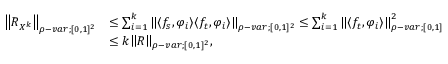
\begin{array} { r l } { { \left\lVert { R _ { X ^ { k } } } \right\rVert } _ { \rho - v a r ; [ 0 , 1 ] ^ { 2 } } } & { \leq \sum _ { i = 1 } ^ { k } { \left\lVert { \langle f _ { s } , \varphi _ { i } \rangle \langle f _ { t } , \varphi _ { i } \rangle } \right\rVert } _ { \rho - v a r ; [ 0 , 1 ] ^ { 2 } } \leq \sum _ { i = 1 } ^ { k } { \left\lVert { \langle f _ { t } , \varphi _ { i } \rangle } \right\rVert } _ { \rho - v a r ; [ 0 , 1 ] } ^ { 2 } } \\ & { \leq k { \left\lVert { R } \right\rVert } _ { \rho - v a r ; [ 0 , 1 ] ^ { 2 } } , } \end{array}